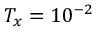
T _ { x } = 1 0 ^ { - 2 }